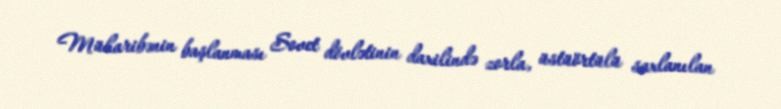
Müharibənin başlanması Sovet dövlətinin daxilində zorla, üstüörtülü saxlanılan